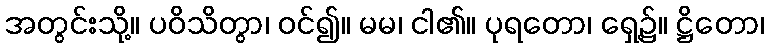
အတွင်းသို့။ ပဝိသိတွာ၊ ဝင်၍။ မမ၊ ငါ၏။ ပုရတော၊ ရှေ့၌။ ဋ္ဌိတော၊